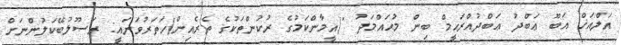
އަލްއަޚް އަބޫ ޢަބްދު ޢަބްދުއްރަޙީމް ބިން މުޙައްމަދު "(އީމާންކަމުގެ ރުކުންތަކުގެ ތެރެއިން)ހަތަރުވަނައީ: ރަސޫލުބޭކަލުންނަށް